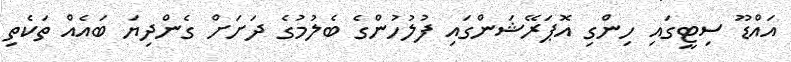
އައްޑޫ ސިޓީގައި ހިންގި އޮޕަރޭޝަންގައި ފުލުހުންގެ ބެލުމުގެ ދަށަށް ގެންދިޔަ ބައެއް ތަކެތި